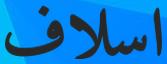
اسلاف